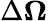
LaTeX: \Delta\boldsymbol{\Omega}